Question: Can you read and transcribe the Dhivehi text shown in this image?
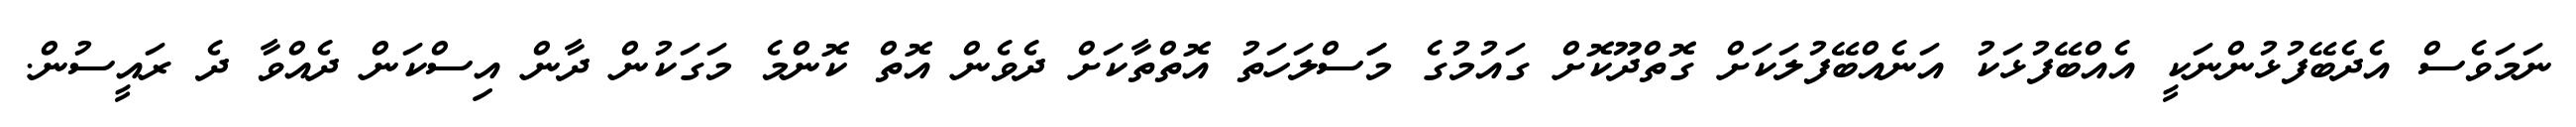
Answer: ނަމަވެސް އެދެބޭފުޅުންނަކީ އެއްބޭފުޅަކު އަނެއްބޭފުލަކަށް ގޮތްދޫކޮށް ގައުމުގެ މަަސްލަހަތު އޮތްތާކަށް ދެވެން އޮތް ކޮންމެ މަގަކުން ދާން އިސްކަން ދެއްވާ ދެ ރައީސުން.